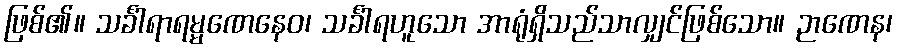
ဖြစ်၏။ သင်္ခါရာရမ္မဏေနေဝ၊ သင်္ခါရဟူသော အာရုံရှိသည်သာလျှင်ဖြစ်သော။ ဉာဏေန၊